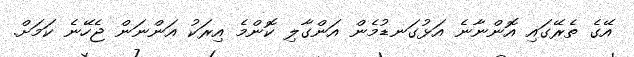
އޭގެ ތެރޭގައި އޮންނާނެ އަޅުގަނޑުމެން އަންގާލި ކޮންމެ އިރަކު އަންނަން ޖެހޭނެ ކަމަށް.